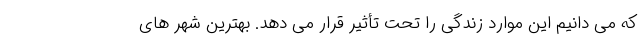
که می دانیم این موارد زندگی را تحت تأثیر قرار می دهد. بهترین شهر های